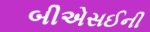
બીએસઈની